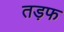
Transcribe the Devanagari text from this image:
तड़फ